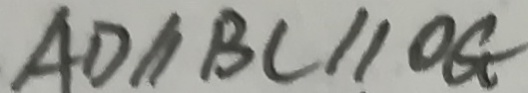
A D / / B C / / O G